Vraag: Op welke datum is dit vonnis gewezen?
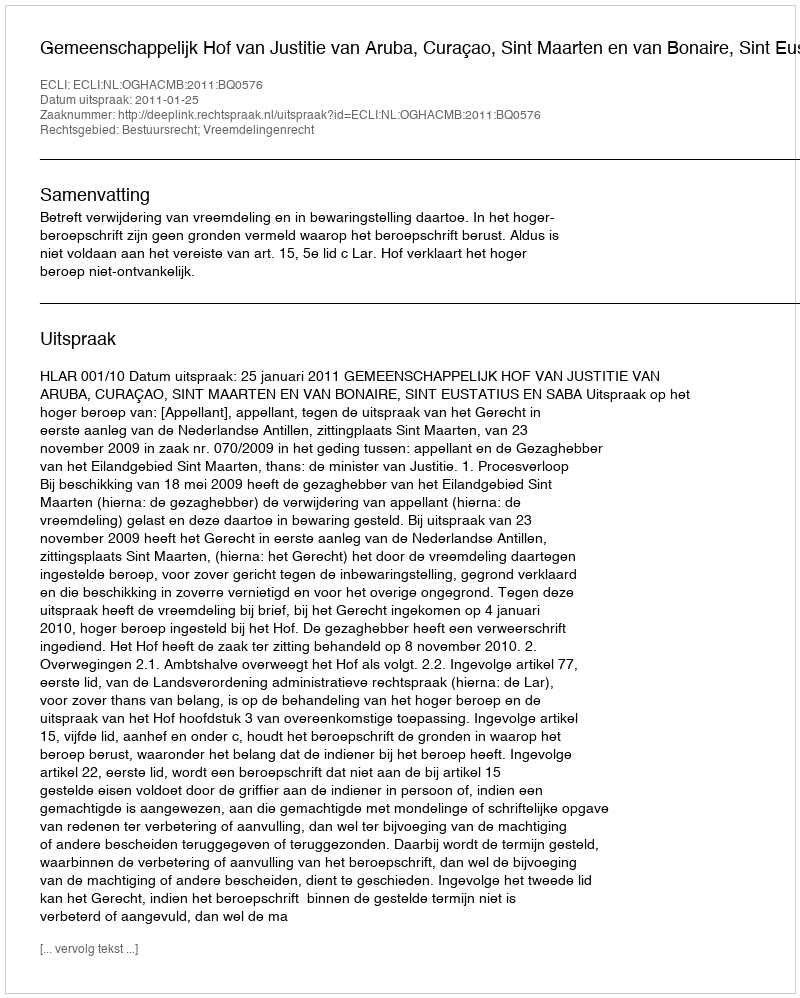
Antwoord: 2011-01-25